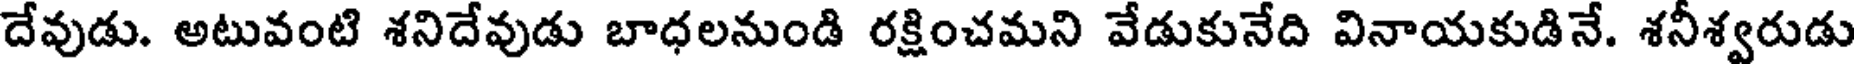
దేవుడు. అటువంటి శనిదేవుడు బాధలనుండి రక్షించమని వేడుకునేది వినాయకుడినే. శనీశ్వరుడు